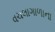
વચલાગાળાના